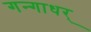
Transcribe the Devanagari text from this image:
गन्गाधर्